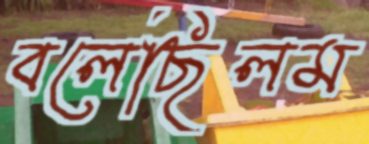
বলেছিলম